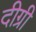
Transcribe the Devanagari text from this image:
दीग्री